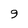
Character: 9